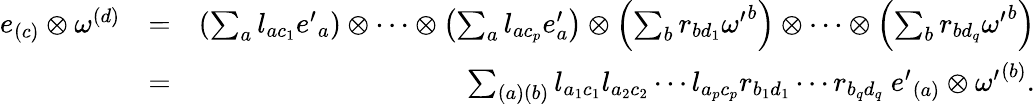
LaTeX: \begin{array}{rlr}{e_{(c)}\otimes\omega^{(d)}}&{=}&{\left(\sum_{a}l_{ac_{1}}{e^{\prime}}_{a}\right)\otimes\cdots\otimes\left(\sum_{a}l_{ac_{p}}e_{a}^{\prime}\right)\otimes\left(\sum_{b}r_{bd_{1}}{\omega^{\prime}}^{b}\right)\otimes\cdots\otimes\left(\sum_{b}r_{bd_{q}}{\omega^{\prime}}^{b}\right)}\\ &{=}&{\sum_{(a)(b)}l_{a_{1}c_{1}}l_{a_{2}c_{2}}\cdots l_{a_{p}c_{p}}r_{b_{1}d_{1}}\cdots r_{b_{q}d_{q}}\mathrm{~}{e^{\prime}}_{(a)}\otimes{\omega^{\prime}}^{(b)}.}\end{array}